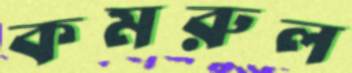
কমরুল